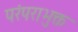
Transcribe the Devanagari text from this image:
परंपराभुक्त